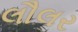
લૌલર